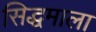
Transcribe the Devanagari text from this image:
सिद्धमाला